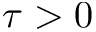
\tau > 0